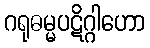
ဂရုဓမ္မပဋိဂ္ဂါဟော